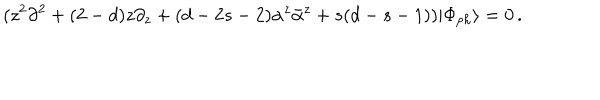
( z ^ { 2 } \partial ^ { 2 } + ( 2 - d ) z \partial _ { z } + ( d - 2 s - 2 ) \alpha ^ { z } \bar { \alpha } ^ { z } + s ( d - s - 1 ) ) | \Phi _ { p h } \rangle = 0 \, .